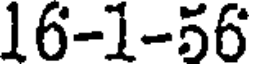
16-1-56